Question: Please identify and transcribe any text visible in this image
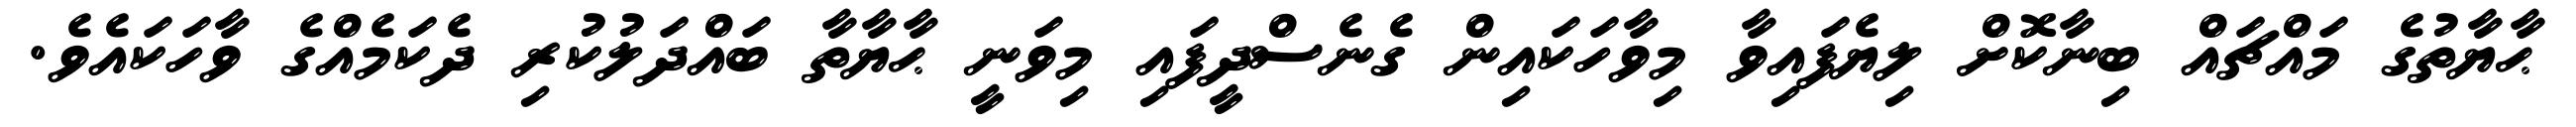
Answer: ޙާޔާތުގެ މައްޗައް ބިނާކޮށް ލިޔެފައިވާ މިވާހަކައިން ގެނެސްދީފައި މިވަނީ ޙާޔާތާ ބައްދަލުކުރި ދެކަމެއްގެ ވާހަކައެވެ.